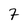
Character: 7